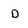
Character: D